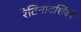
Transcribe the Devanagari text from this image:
रेटिनादर्शिकी